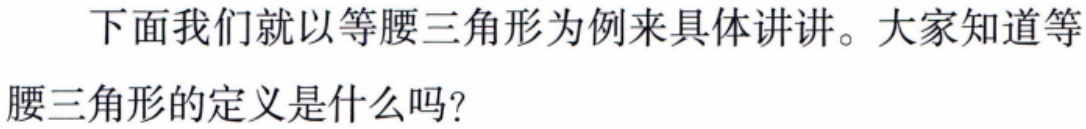
下面我们就以等腰三角形为例来具体讲讲。大家知道等腰三角形的定义是什么吗？